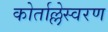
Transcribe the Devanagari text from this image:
कोर्ताल्लेस्वरण